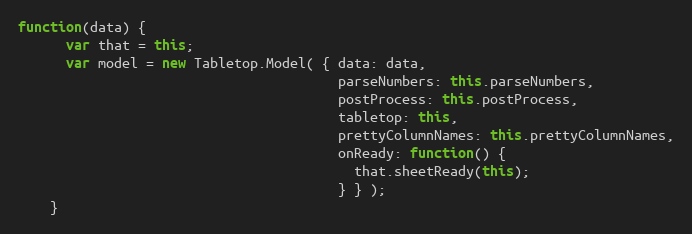
Language: JavaScript
function(data) {
      var that = this;
      var model = new Tabletop.Model( { data: data,
                                        parseNumbers: this.parseNumbers,
                                        postProcess: this.postProcess,
                                        tabletop: this,
                                        prettyColumnNames: this.prettyColumnNames,
                                        onReady: function() {
                                          that.sheetReady(this);
                                        } } );
    }